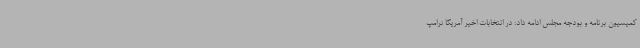
کمیسیون برنامه و بودجه مجلس ادامه داد: در انتخابات اخیر آمریکا ترامپ